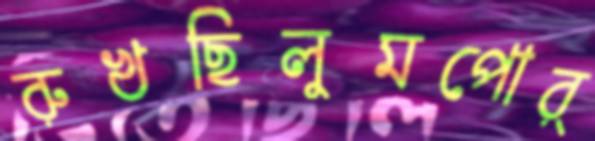
রুখছিলুমপোর্